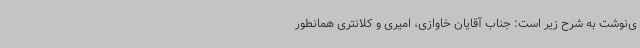
ی‌نوشت به شرح زیر است: جناب آقایان خاوازی، امیری و کلانتری همانطور